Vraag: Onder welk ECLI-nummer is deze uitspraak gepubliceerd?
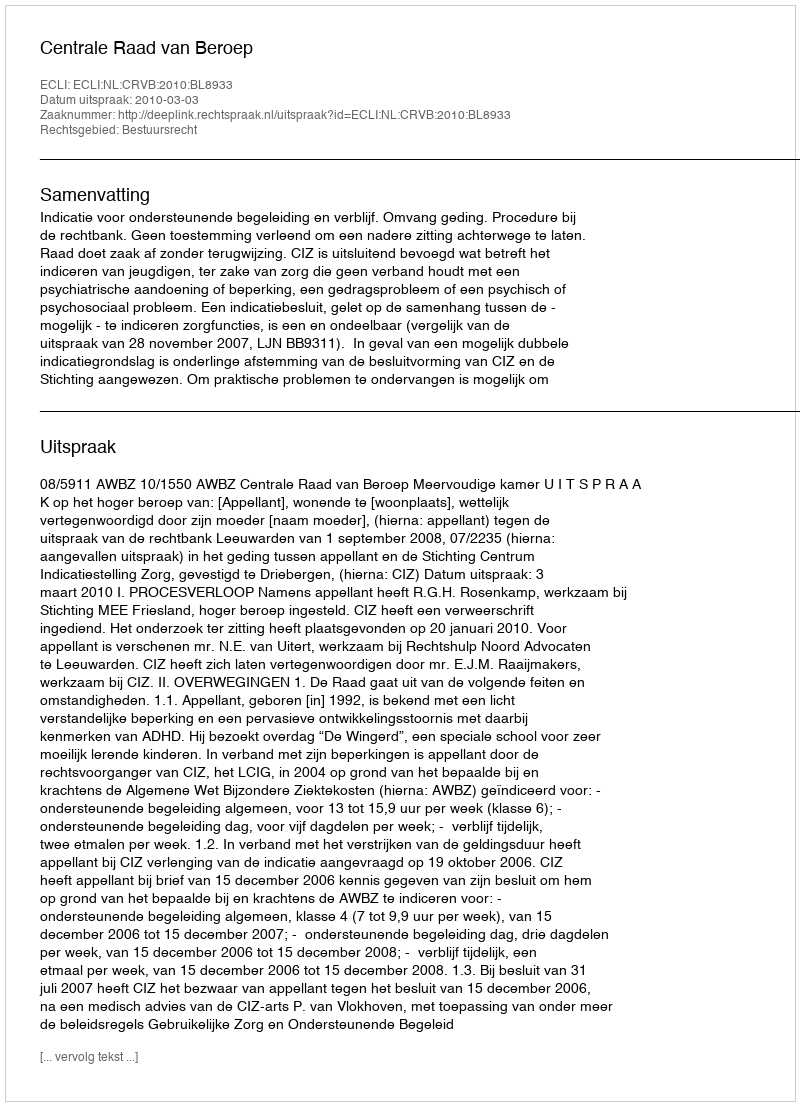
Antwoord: ECLI:NL:CRVB:2010:BL8933